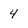
Character: 4